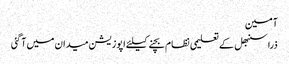
آمین
ذرا سنبھل کے	 تعلیمی نظام بچنے کیلئے اپوزیشن میدان میں آ گئی